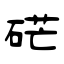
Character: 硭